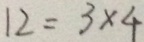
1 2 = 3 \times 4